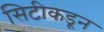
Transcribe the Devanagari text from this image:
सिटीकडून